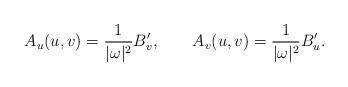
LaTeX: \begin{align*} A_u(u,v)=\frac 1{|\omega|^2}B_v',\qquad A_v(u,v)=\frac 1{|\omega|^2}B_u'.\end{align*}